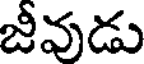
జీవుడు